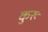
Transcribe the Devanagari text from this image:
कुरुः